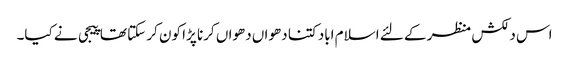
اس دلکش منظر کے لئے اسلام اباد کتنا دھواں دھواں کرنا پڑا کون کر سکتا تھا پیجی نے کیا۔